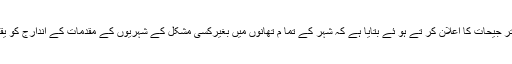
انھوں نے اپنی تر جیحات کا اعلان کر تے ہو ئے بتایا ہے کہ شہر کے تما م تھانوں میں بغیرکسی مشکل کے شہریوں کے مقدمات کے اندارج کو یقینی بنایا جائیگا۔